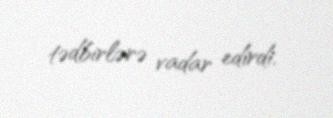
tədbirlərə vadar edirdi.